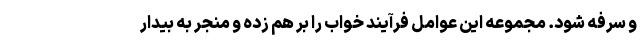
و سرفه شود. مجموعه این عوامل فرآیند خواب را بر هم زده و منجر به بیدار